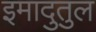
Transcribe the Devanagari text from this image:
इमादुतुल